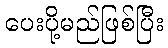
ပေးပို့မည်ဖြစ်ပြီး